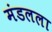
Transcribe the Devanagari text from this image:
मंडलला